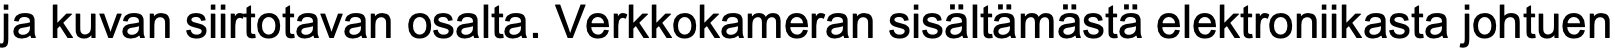
ja kuvan siirtotavan osalta. Verkkokameran sisältämästä elektroniikasta johtuen